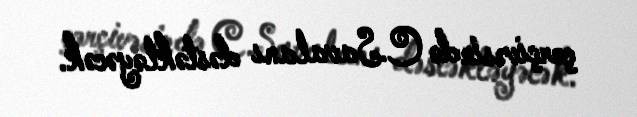
çərçivəsində C.Savalanı dəstəkləyəcək.